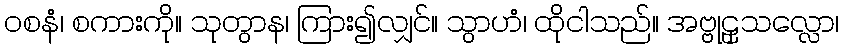
ဝစနံ၊ စကားကို။ သုတွာန၊ ကြား၍လျှင်။ သွာဟံ၊ ထိုငါသည်။ အဗ္ဗုဠှသလ္လော၊